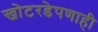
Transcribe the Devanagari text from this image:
खोटरडेपणाही